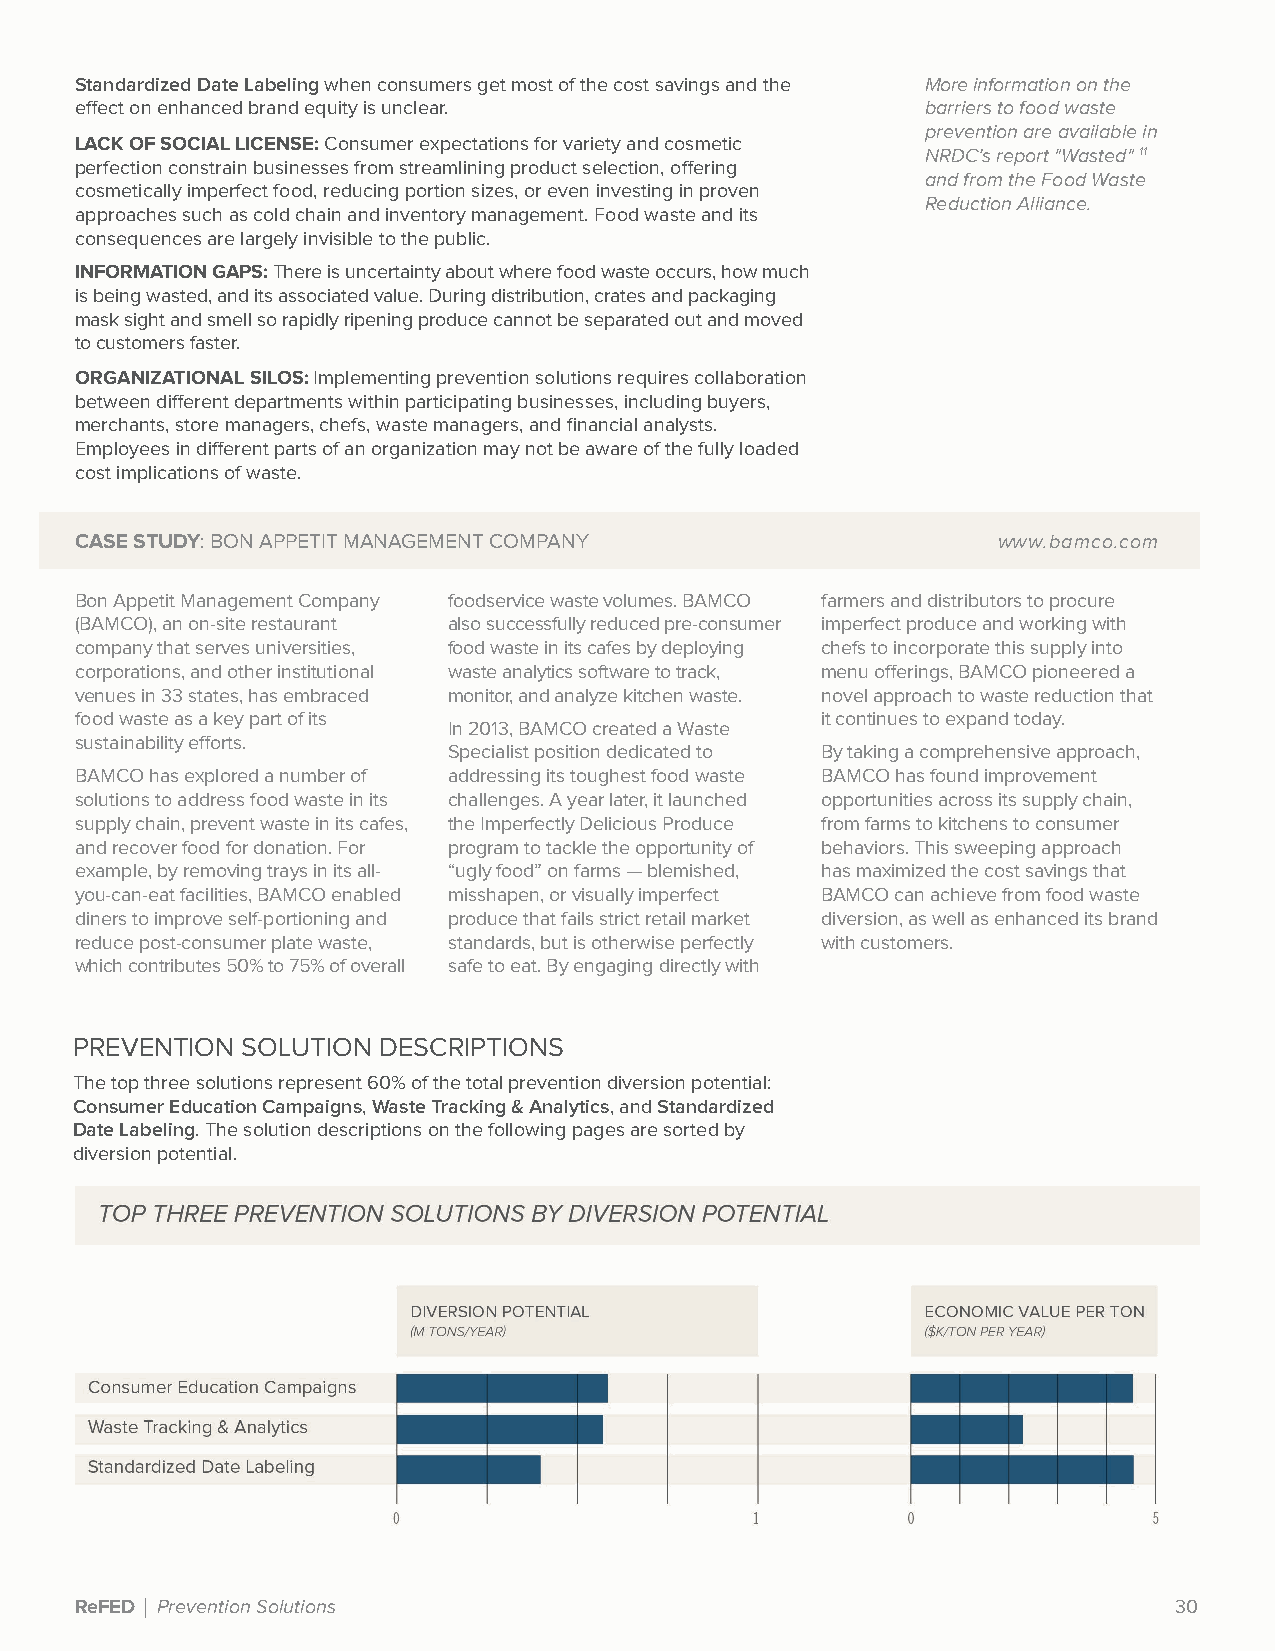
Standardized Date Labeling when consumers get most of the cost savings and the More information on the
 effect on enhanced brand equity is unclear.             barriers to food waste
 prevention are available in
 LACK OF SOCIAL LICENSE: Consumer expectations for variety and cosmetic
 NRDC’s report "Wasted" 11
 perfection constrain businesses from streamlining product selection, offering
 and from the Food Waste
 cosmetically imperfect food, reducing portion sizes, or even investing in proven
 Reduction Alliance.
 approaches such as cold chain and inventory management. Food waste and its
 consequences are largely invisible to the public.
 INFORMATION GAPS: There is uncertainty about where food waste occurs, how much
 is being wasted, and its associated value. During distribution, crates and packaging
 mask sight and smell so rapidly ripening produce cannot be separated out and moved
 to customers faster.
 ORGANIZATIONAL SILOS: Implementing prevention solutions requires collaboration
 between different departments within participating businesses, including buyers,
 merchants, store managers, chefs, waste managers, and financial analysts.
 Employees in different parts of an organization may not be aware of the fully loaded
 cost implications of waste.
 CASE STUDY: BON APPETIT MANAGEMENT COMPANY                   www.bamco.com
 Bon Appetit Management Company foodservice waste volumes. BAMCO farmers and distributors to procure
 (BAMCO), an on-site restaurant also successfully reduced pre-consumer imperfect produce and working with
 company that serves universities, food waste in its cafes by deploying chefs to incorporate this supply into
 corporations, and other institutional waste analytics software to track, menu offerings, BAMCO pioneered a
 venues in 33 states, has embraced monitor, and analyze kitchen waste. novel approach to waste reduction that
 food waste as a key part of its                  it continues to expand today.
 In 2013, BAMCO created a Waste
 sustainability efforts.
 Specialist position dedicated to By taking a comprehensive approach,
 BAMCO has explored a number of addressing its toughest food waste BAMCO has found improvement
 solutions to address food waste in its challenges. A year later, it launched opportunities across its supply chain,
 supply chain, prevent waste in its cafes, the Imperfectly Delicious Produce from farms to kitchens to consumer
 and recover food for donation. For program to tackle the opportunity of behaviors. This sweeping approach
 example, by removing trays in its all- “ugly food” on farms — blemished, has maximized the cost savings that
 you-can-eat facilities, BAMCO enabled misshapen, or visually imperfect BAMCO can achieve from food waste
 diners to improve self-portioning and produce that fails strict retail market diversion, as well as enhanced its brand
 reduce post-consumer plate waste, standards, but is otherwise perfectly with customers.
 which contributes 50% to 75% of overall safe to eat. By engaging directly with
 PREVENTION SOLUTION DESCRIPTIONS
 The top three solutions represent 60% of the total prevention diversion potential:
 Consumer Education Campaigns, Waste Tracking & Analytics, and Standardized
 Date Labeling. The solution descriptions on the following pages are sorted by
 diversion potential.
 ReFED | Prevention Solutions                                             30